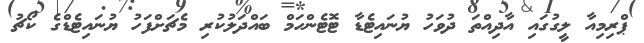
ޕްރިމިއާ ލީގުގައި އާދިއްތަ ދުވަހު ޔުނައިޓެޑާ ޓޮޓެންހަމް ބައްދަލުކުރި މެޗަށްފަހު ޔުނައިޓެޑްގެ ކޯޗު